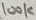
Text: 100K